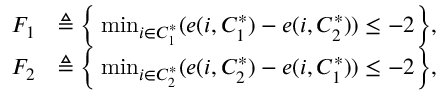
\begin{array} { r l } { F _ { 1 } } & { \triangleq \Big \{ \operatorname* { m i n } _ { i \in C _ { 1 } ^ { * } } ( e ( i , C _ { 1 } ^ { * } ) - e ( i , C _ { 2 } ^ { * } ) ) \leq - 2 \Big \} , } \\ { F _ { 2 } } & { \triangleq \Big \{ \operatorname* { m i n } _ { i \in C _ { 2 } ^ { * } } ( e ( i , C _ { 2 } ^ { * } ) - e ( i , C _ { 1 } ^ { * } ) ) \leq - 2 \Big \} , } \end{array}